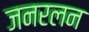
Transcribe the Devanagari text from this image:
जनरलन